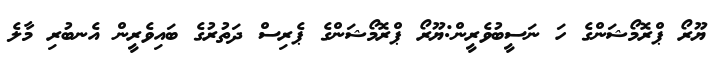
ޔޫރޯ ޕްރޮމޯޝަންގެ ހަ ނަސީބުވެރީން:ޔޫރޯ ޕްރޮމޯޝަންގެ ޕެރިސް ދަތުރުގެ ބައިވެރީން އެނބުރި މާލެ